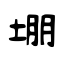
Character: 堋